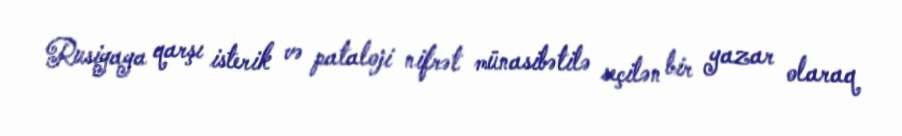
Rusiyaya qarşı isterik və pataloji nifrət münasibətilə seçilən bir yazar olaraq